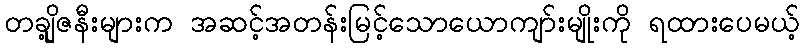
တချို့ဇနီးများက အဆင့်အတန်းမြင့်သောယောကျာ်းမျိုးကို ရထားပေမယ့်